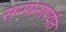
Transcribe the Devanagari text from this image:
सन्मानापर्यंत